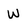
Character: W